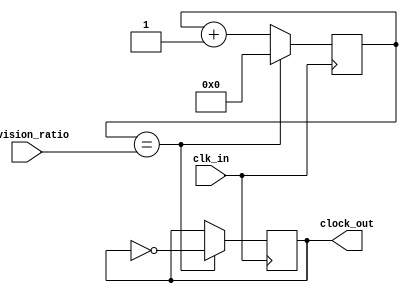
module clock_divider (
    input wire clk_in,
    input wire [7:0] division_ratio, 
    output reg clock_out
);

reg [7:0] counter;

always @(posedge clk_in) begin
    if (counter == division_ratio) begin
        counter <= 0;
        clock_out <= ~clock_out;
    end else begin
        counter <= counter + 1;
    end
end

endmodule